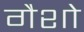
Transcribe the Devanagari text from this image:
गैशो